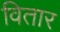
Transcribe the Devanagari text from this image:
वितार